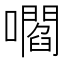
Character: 嚪